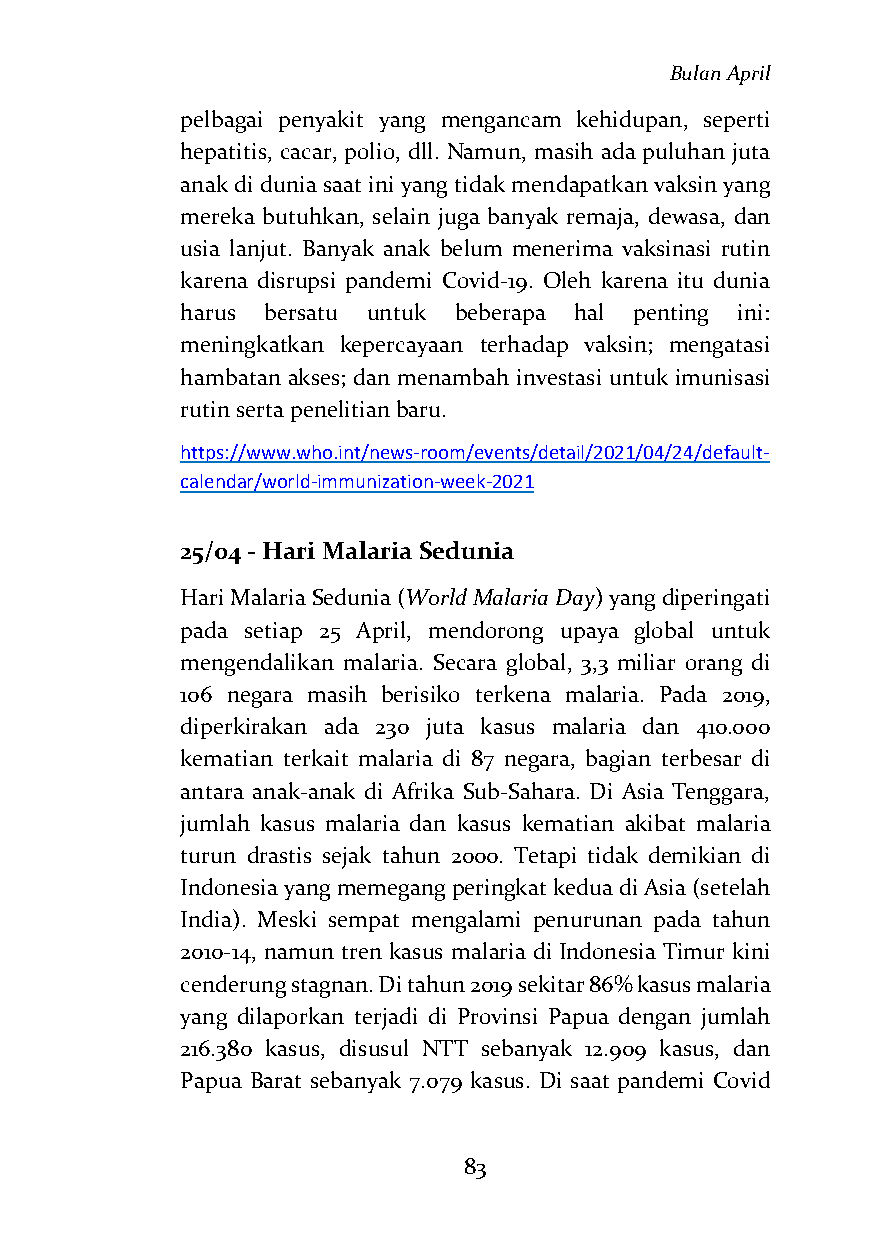
Bulan April
 pelbagai penyakit yang mengancam kehidupan, seperti
 hepatitis, cacar, polio, dll. Namun, masih ada puluhan juta
 anak di dunia saat ini yang tidak mendapatkan vaksin yang
 mereka butuhkan, selain juga banyak remaja, dewasa, dan
 usia lanjut. Banyak anak belum menerima vaksinasi rutin
 karena disrupsi pandemi Covid-19. Oleh karena itu dunia
 harus bersatu untuk beberapa hal penting ini:
 meningkatkan kepercayaan terhadap vaksin; mengatasi
 hambatan akses; dan menambah investasi untuk imunisasi
 rutin serta penelitian baru.
 https://www.who.int/news-room/events/detail/2021/04/24/default-
 calendar/world-immunization-week-2021
 25/04 - Hari Malaria Sedunia
 Hari Malaria Sedunia (World Malaria Day) yang diperingati
 pada setiap 25 April, mendorong upaya global untuk
 mengendalikan malaria. Secara global, 3,3 miliar orang di
 106 negara masih berisiko terkena malaria. Pada 2019,
 diperkirakan ada 230 juta kasus malaria dan 410.000
 kematian terkait malaria di 87 negara, bagian terbesar di
 antara anak-anak di Afrika Sub-Sahara. Di Asia Tenggara,
 jumlah kasus malaria dan kasus kematian akibat malaria
 turun drastis sejak tahun 2000. Tetapi tidak demikian di
 Indonesia yang memegang peringkat kedua di Asia (setelah
 India). Meski sempat mengalami penurunan pada tahun
 2010-14, namun tren kasus malaria di Indonesia Timur kini
 cenderung stagnan. Di tahun 2019 sekitar 86% kasus malaria
 yang dilaporkan terjadi di Provinsi Papua dengan jumlah
 216.380 kasus, disusul NTT sebanyak 12.909 kasus, dan
 Papua Barat sebanyak 7.079 kasus. Di saat pandemi Covid
 83